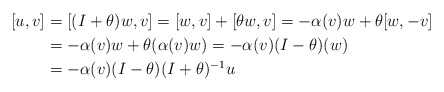
\begin{align*} [u,v]&=[(I+\theta)w,v]=[w,v]+[\theta w,v] =-\alpha(v)w+\theta[w,-v] \\ &=-\alpha(v)w+\theta (\alpha(v)w)=-\alpha(v)(I-\theta)(w)\\ &=-\alpha(v)(I-\theta)(I+\theta)^{-1}u\end{align*}